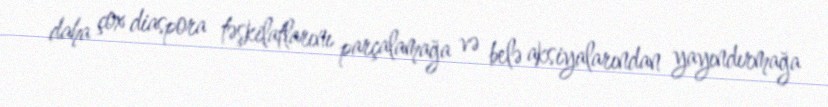
daha çox diaspora təşkilatlarını parçalamağa və belə aksiyalarından yayındırmağa